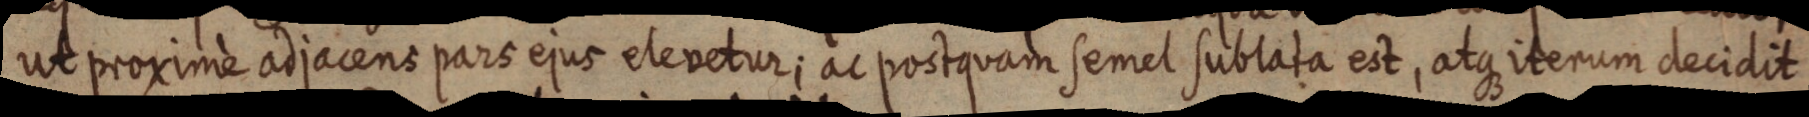
ut proximè adjacens pars ejus elevetur; ac postquam semel sublata est, atque iterum decidit,